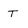
Character: t